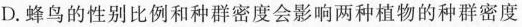
D. 蜂鸟的性别比例和种群密度会影响两种植物的种群密度